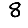
Digit: 8